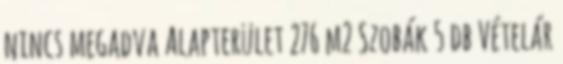
nincs megadva Alapterület 276 m2 Szobák 5 db Vételár